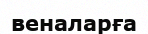
веналарға